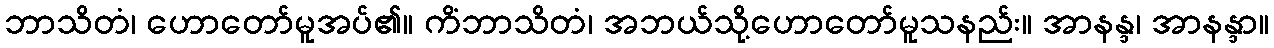
ဘာသိတံ၊ ဟောတော်မူအပ်၏။ ကိံဘာသိတံ၊ အဘယ်သို့ဟောတော်မူသနည်း။ အာနန္ဒ၊ အာနန္ဒာ။